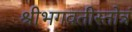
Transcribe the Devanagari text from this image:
श्रीभगवतीस्तोत्रं